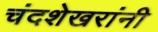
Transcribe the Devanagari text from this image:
चंदशेखरांनी